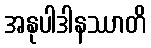
အနုပါဒါနဿာတိ